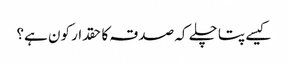
کیسے پتا چلے کہ صدقہ کا حقدار کون ہے؟